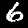
Digit: 6